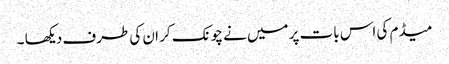
میڈم کی اس بات پر میں نے چونک کر ان کی طرف دیکھا ۔